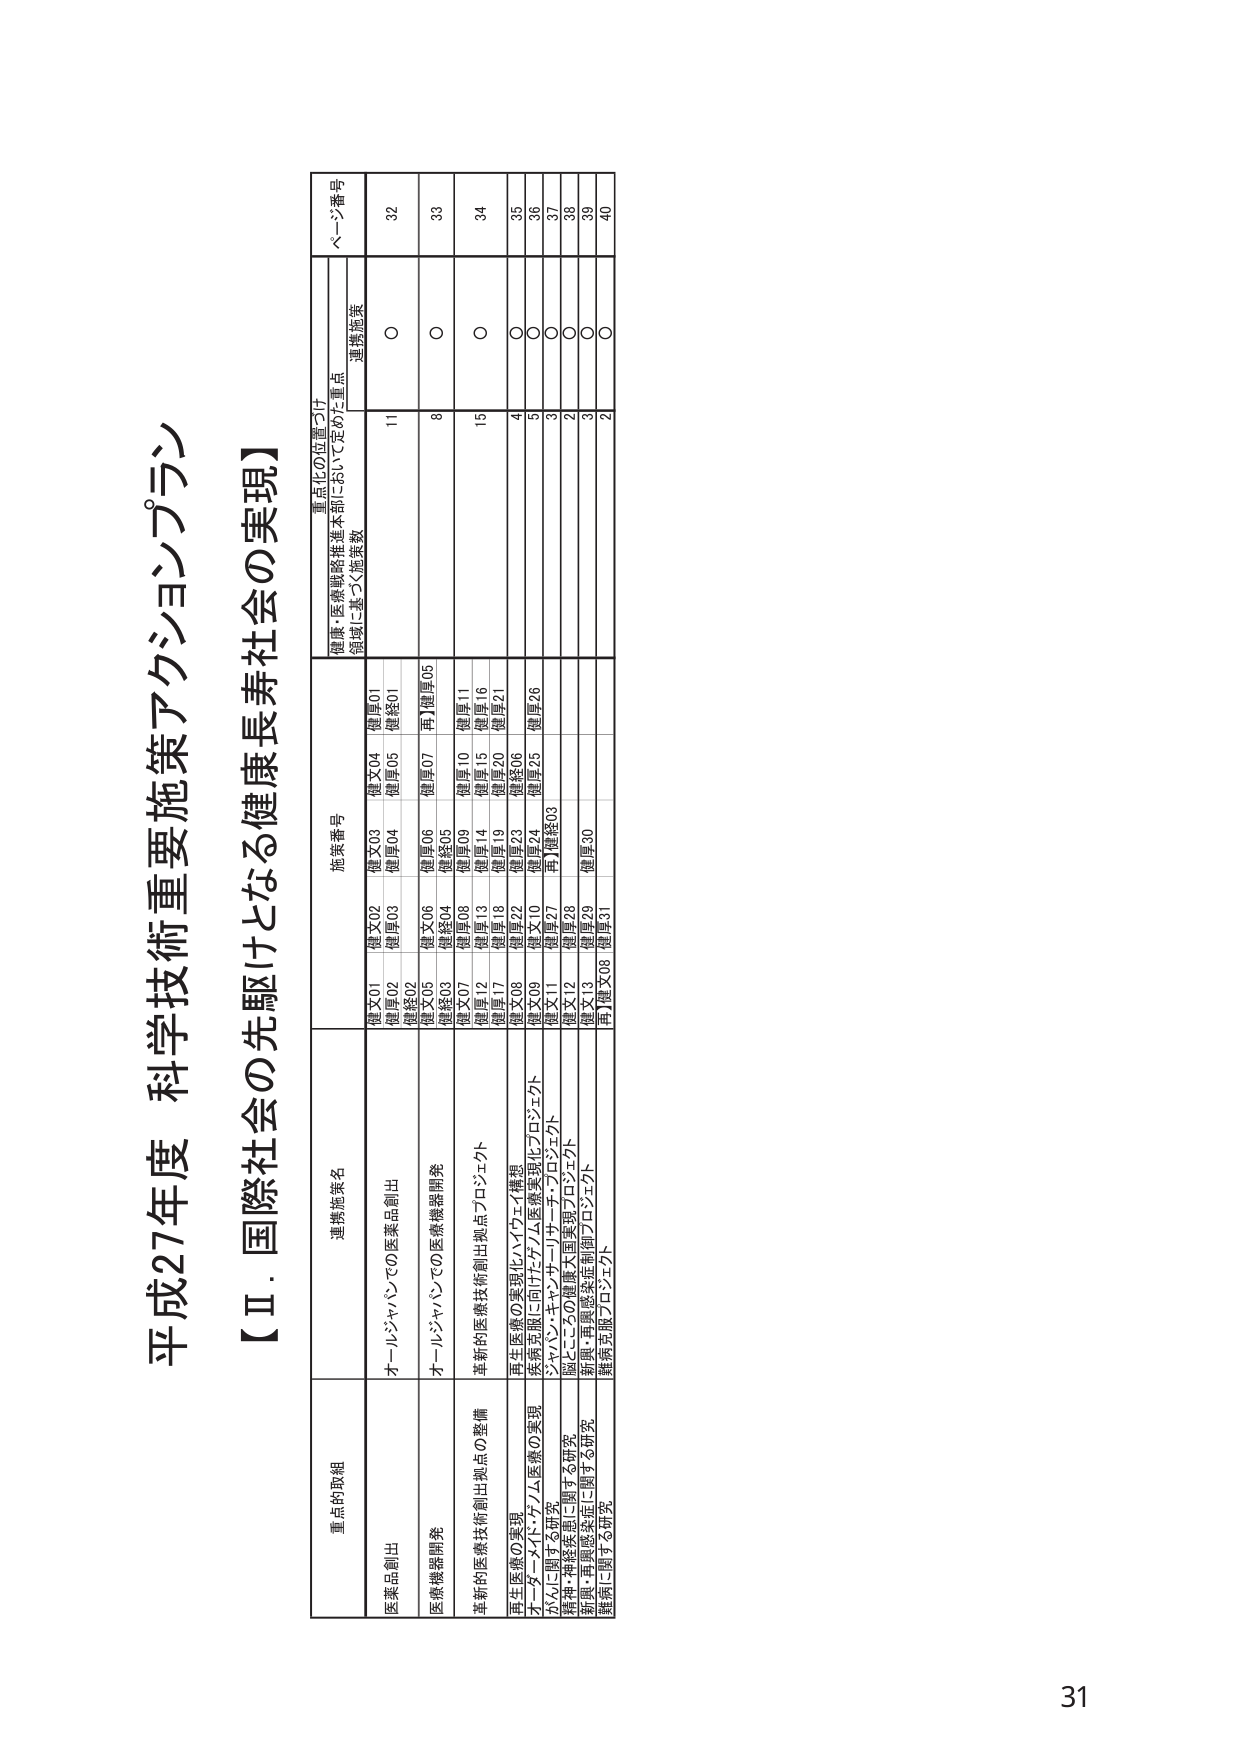
平成27年度 科学技術重要施策アクションプラン

【Ⅱ．国際社会の先駆けとなる健康長寿社会の実現】

重点的取組 連携施策名 施策番号 重点化の位置づけ ページ番号
健康・医療戦略推進本部において定めた重点
領域に基づく施策数 連携施策

医薬品創出 オールジャパンでの医薬品創出 健文01 健文02 健文03 健文04 健厚01 健厚02 健厚03 健厚04 健厚05 健経01 11 ○ 32

医療機器開発 オールジャパンでの医療機器開発 健文05 健文06 健厚06 健厚07 両】健厚05 8 ○ 33

革新的医療技術創出拠点の整備 革新的医療技術創出拠点プロジェクト 健経03 健経04 健経05 健厚08 健厚09 健厚10 健厚11 健厚12 健厚13 健厚14 健厚15 健厚16 健厚17 健厚18 健厚19 健厚20 健厚21 15 ○ 34

再生医療の実現 再生医療の実現化ハイウェイ構想 健文08 健文09 健厚22 健厚23 健厚06 健厚25 4 ○ 35

オーダーメイド・ゲノム医療の実現 疾病克服に向けたゲノム医療実現化プロジェクト 健文10 健厚24 健厚26 5 ○ 36

がんに関する研究 ジャパン・キャンサー・リサーチ・プロジェクト 健文11 健厚27 両】健経03 3 ○ 37

精神・神経疾患に関する研究 脳とこころの健康大国実現プロジェクト 健文12 健厚28 2 ○ 38

新興・再興感染症に関する研究 新興・再興感染症制御プロジェクト 健文13 健厚29 健厚30 3 ○ 39

難病に関する研究 難病克服プロジェクト 両】健文08 健厚31 2 ○ 40

31